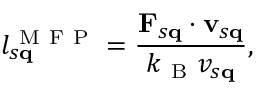
l _ { s \mathbf { q } } ^ { \mathrm { ~ M ~ F ~ P ~ } } = \frac { \mathbf { F } _ { s \mathbf { q } } \cdot \mathbf { v } _ { s \mathbf { q } } } { k _ { \mathrm { ~ B ~ } } v _ { s \mathbf { q } } } ,